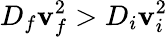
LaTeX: D_{f}\mathbf{v}_{f}^{2}>D_{i}\mathbf{v}_{i}^{2}